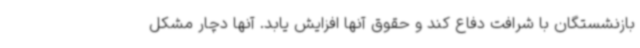
بازنشستگان با شرافت دفاع کند و حقوق آنها افزایش یابد. آنها دچار مشکل